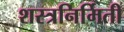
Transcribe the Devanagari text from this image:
शस्त्रनिर्मिती